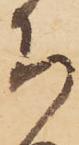
ち